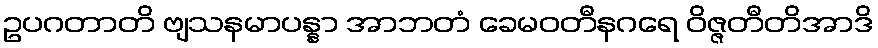
ဥပဂတာတိ ဗျသနမာပန္နာ အာဘတံ ခေမဝတီနဂရေ ဝိဇ္ဇတီတိအာဒိ